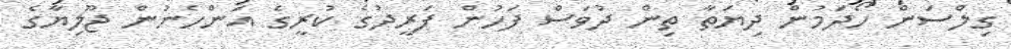
ގިލްސަން ހޯދަމުން ދިޔަތާ ތިން ދުވަސް ފަހުން ފަރީދުގެ ކުރީގެ އަންހެނުން ޖޫލިޔާގެ